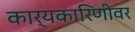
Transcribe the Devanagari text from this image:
कार्यकारिणीवर